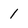
Character: 1